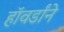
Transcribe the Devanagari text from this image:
हॉवर्डांने